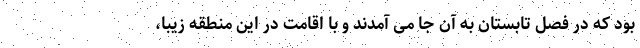
بود که در فصل تابستان به آن جا می آمدند و با اقامت در این منطقه زیبا،